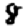
Digit: 8